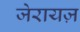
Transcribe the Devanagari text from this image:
जेरायज़